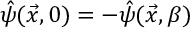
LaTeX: \hat { \psi } ( \vec { x } , 0 ) = - \hat { \psi } ( \vec { x } , \beta )